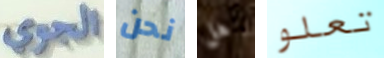
الجوي نحن هل تعلو